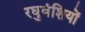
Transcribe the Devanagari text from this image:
रघुवंशियों